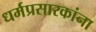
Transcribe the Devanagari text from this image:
धर्मप्रसारकांना